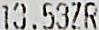
13.53ZR